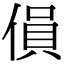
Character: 傊